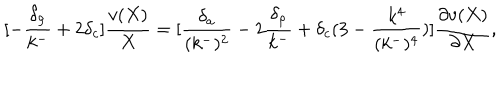
[ - { \frac { \delta _ { \rho } } { k ^ { - } } } + 2 \delta _ { c } ] { \frac { v ( X ) } { X } } = [ { \frac { \delta _ { a } } { ( k ^ { - } ) ^ { 2 } } } - 2 { \frac { \delta _ { \rho } } { k ^ { - } } } + \delta _ { c } ( 3 - { \frac { k ^ { 4 } } { ( k ^ { - } ) ^ { 4 } } } ) ] { \frac { \partial v ( X ) } { \partial X } } ,